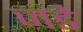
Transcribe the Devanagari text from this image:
जङे